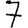
Digit: 7